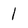
Character: 1